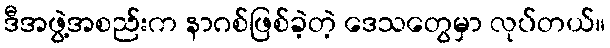
ဒီအဖွဲ့အစည်းက နာဂစ်ဖြစ်ခဲ့တဲ့ ဒေသတွေမှာ လုပ်တယ်။